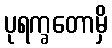
ပုရက္ခတောမှိ